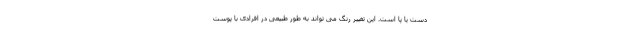
دست یا پا است. این تغییر رنگ می تواند به طور طبیعی در افرادی با پوست